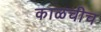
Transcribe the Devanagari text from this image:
काळचीच